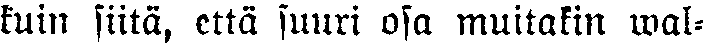
kuin siitä, että suuri osa muitakin wal-